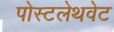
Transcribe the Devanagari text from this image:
पोस्टलेथवेट